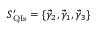
S _ { \mathrm { Q I s } } ^ { \prime } = \{ \vec { \gamma } _ { 2 } , \vec { \gamma } _ { 1 } , \vec { \gamma } _ { 3 } \}